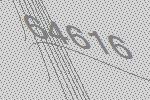
64616